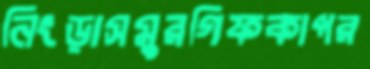
নিংড়াসমুরগিফকাপর